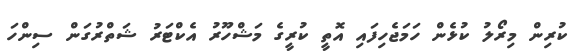
ކުރިން މިރޯލު ކުޅެން ހަމަޖެހިފައި އޮތީ ކުރީގެ މަޝްހޫރު އެކްޓަރު ޝަތްރުގަން ސިންހަ